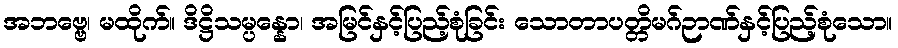
အဘဗ္ဗေ၊ မထိုက်။ ဒိဋ္ဌိသမ္ပန္နော၊ အမြင်နှင့်ပြည့်စုံခြင်း သောတာပတ္တိမဂ်ဉာဏ်နှင့်ပြည့်စုံသော။